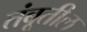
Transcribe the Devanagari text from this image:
तंबूतील